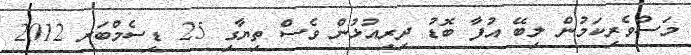
މަސްވެރިކަމުން ލިބޭ އުފާ ބޮޑު ދިރިއުޅުން ވެސް ތިޔާގި 25 ޑިސެމްބަރ 2012